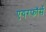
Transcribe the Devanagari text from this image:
एयरफॉर्स